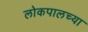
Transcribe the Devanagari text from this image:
लोकपालच्या